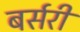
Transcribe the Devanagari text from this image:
बर्सरी